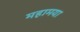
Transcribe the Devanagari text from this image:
महामया